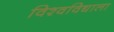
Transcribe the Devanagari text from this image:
विश्वविद्याला